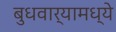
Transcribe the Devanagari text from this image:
बुधवार्‍यामध्ये